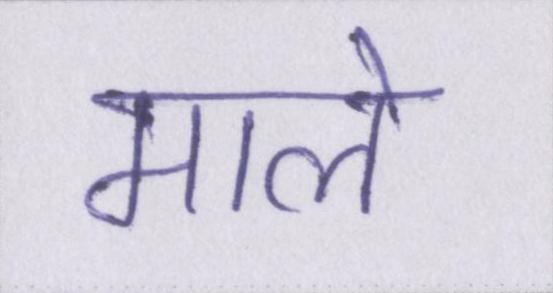
माले